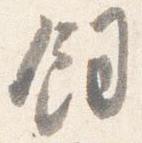
飼